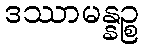
ဒဿာမန္နဉ္စ